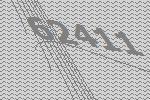
62411